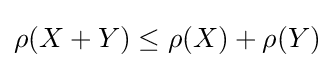
\rho (X+Y)\leq \rho (X)+\rho (Y)